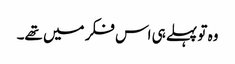
وہ تو پہلے ہی اس فکر میں تھے۔